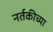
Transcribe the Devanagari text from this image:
नर्तकीच्या